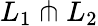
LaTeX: L_{1}\pitchfork L_{2}